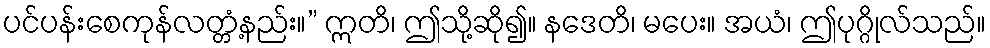
ပင်ပန်းစေကုန်လတ္တံ့နည်း။” ဣတိ၊ ဤသို့ဆို၍။ နဒေတိ၊ မပေး။ အယံ၊ ဤပုဂ္ဂိုလ်သည်။